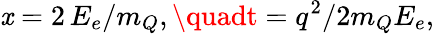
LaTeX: \mathit{x}=2\, E_{e}/m_{Q},\quadt=q^{2}/2m_{Q}E_{e},